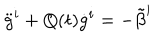
{ \ddot { g } } ^ { i } + Q ( t ) { \dot { g } } ^ { i } = - { \tilde { \beta } } ^ { i }